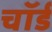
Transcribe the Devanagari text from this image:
चॉर्ड